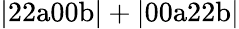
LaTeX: \mathrm{|22a00b|+|00a22b|}